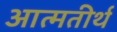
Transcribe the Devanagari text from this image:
आत्मतीर्थ